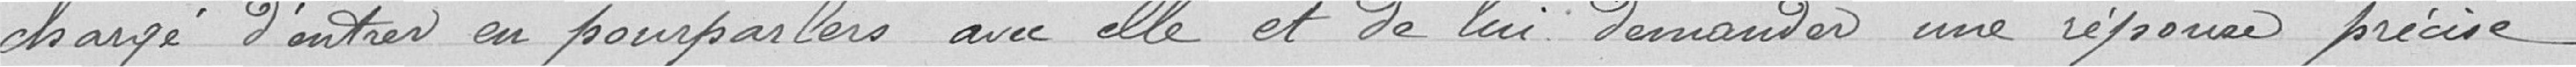
chargée d’entrer en pourparlers avec elle et de lui demander une réponse précise.